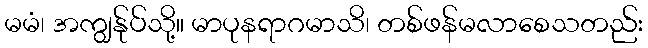
မမံ၊ အကျွန်ုပ်သို့။ မာပုနရာဂမာသိ၊ တစ်ဖန်မလာစေသတည်း